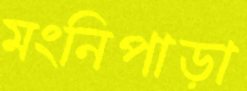
মংনিপাড়া